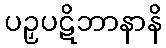
ပဉှပဋိဘာနာနိ